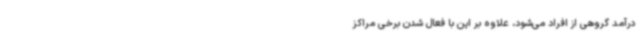
درآمد گروهی از افراد می‌شود، علاوه بر این با فعال شدن برخی مراکز